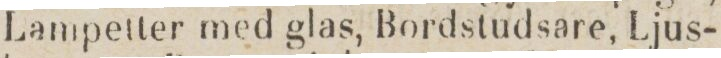
Lampetter med glas, Bordstudsare, Ljus-